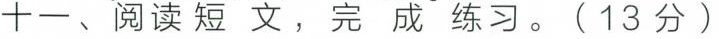
十一、阅读短文，完成练习。(13分)